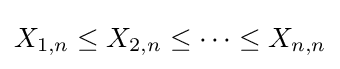
X_{1,n}\leq X_{2,n}\leq \cdots \leq X_{n,n}